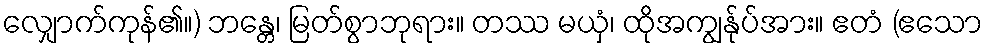
လျှောက်ကုန်၏။) ဘန္တေ၊ မြတ်စွာဘုရား။ တဿ မယှံ၊ ထိုအကျွန်ုပ်အား။ ဧတံ (ဧသော